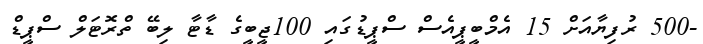
-500 ރުފިޔާއަށް 15 އެމްބީޕީއެސް ސްޕީޑުގައި 100ޖީބީގެ ޑާޓާ ލިބޭ ތްރޮޓަލް ސްޕީޑް